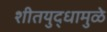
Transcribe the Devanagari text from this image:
शीतयुद्धामुळे